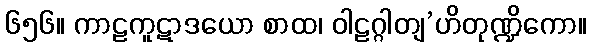
၆၅၆။ ကာဠကူဋာဒယော စာထ၊ ဝါဠဂ္ဂါတျ’ဟိတုဏ္ဍိကော။